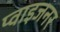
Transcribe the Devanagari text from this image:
प्वाइजनर